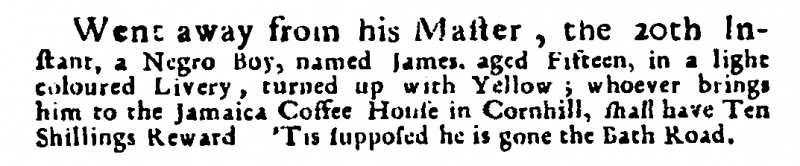
Post Man and the Historical Account, 23 January 1718 (England)
Went away from his Master, the 20th Instant, a Negro Boy, named James, aged Fifteen, in a light coloured Livery, turned up with Yellow; whoever brings him to the Jamaica Coffee House in Cornhill, shall have Ten Shillings Reward. ‘Tis supposed he is gone the Bath Road.